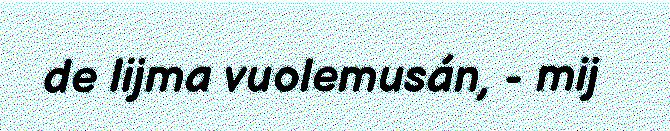
de lijma vuolemusán, - mij